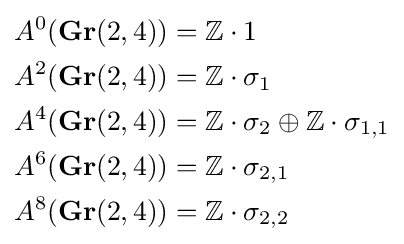
{\begin{aligned}A^{0}(\mathbf {Gr} (2,4))&=\mathbb {Z} \cdot 1\\A^{2}(\mathbf {Gr} (2,4))&=\mathbb {Z} \cdot \sigma _{1}\\A^{4}(\mathbf {Gr} (2,4))&=\mathbb {Z} \cdot \sigma _{2}\oplus \mathbb {Z} \cdot \sigma _{1,1}\\A^{6}(\mathbf {Gr} (2,4))&=\mathbb {Z} \cdot \sigma _{2,1}\\A^{8}(\mathbf {Gr} (2,4))&=\mathbb {Z} \cdot \sigma _{2,2}\\\end{aligned}}